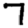
Digit: 7